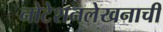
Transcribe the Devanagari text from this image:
नोटेशनलेखनाची